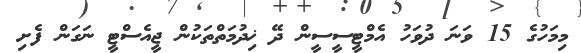
މިމަހުގެ 15 ވަނަ ދުވަހު އެމްޓީސީސީން ދޭ ޚިދުމަތްތަކުން ޖީއެސްޓީ ނަގަން ފެށި